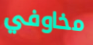
مخاوفي